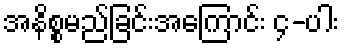
အနိစ္စမည်ခြင်းအကြောင်း ၄-ပါး